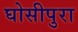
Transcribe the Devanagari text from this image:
घोसीपुरा